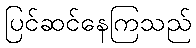
ပြင်ဆင်နေကြသည်